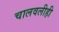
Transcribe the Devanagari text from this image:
चालवलीही